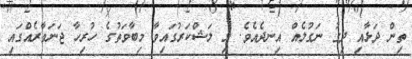
ތިން ދަޅާއި ދިގު ނަގުލެއް އިނދެއެވެ. މި ލަޝްކަރުގައިވާ މިބާވަތުގެ ހުރިހާ ޖަނަވާރެއްގައި